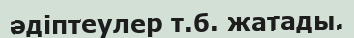
әдіптеулер т.б. жатады.